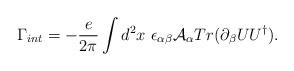
LaTeX: \begin{align*}\Gamma_{int}= - \frac{e}{2\pi} \int d^2 x\ \epsilon_{\alpha\beta}{\cal A}_\alpha Tr(\partial_\beta UU^\dag).\end{align*}